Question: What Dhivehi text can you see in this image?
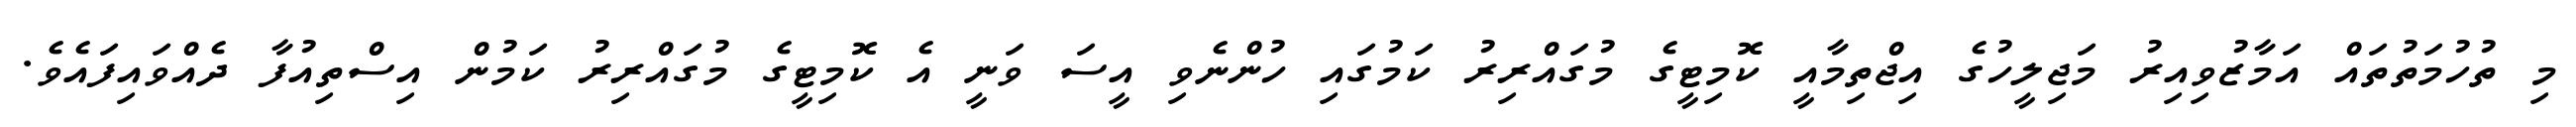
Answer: މި ތުހުމަތުތައް އަމާޒުވިއިރު މަޖިލީހުގެ އިޖްތިމާއީ ކޮމިޓީގެ މުގައްރިރު ކަމުގައި ހުންނެވި އީސަ ވަނީ އެ ކޮމިޓީގެ މުގައްރިރު ކަމުން އިސްތިއުފާ ދެއްވައިފައެވެ.